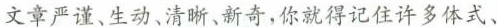
文章严谨、生动、清晰、新奇，你就得记住许多体式、